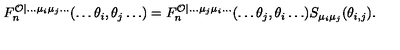
F _ { n } ^ { \mathcal { O } | \ldots \mu _ { i } \mu _ { j } \ldots } ( \ldots \theta _ { i } , \theta _ { j } \ldots ) = F _ { n } ^ { \mathcal { O } | \ldots \mu _ { j } \mu _ { i } \ldots } ( \ldots \theta _ { j } , \theta _ { i } \ldots ) S _ { \mu _ { i } \mu _ { j } } ( \theta _ { i , j } ) .